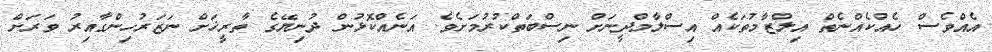
އެއްވެސް ހެއްކެއްނެތް އިލްޒާމުތަކެއް އިސްލާމްދީނަށް ނިސްބަތްކުރުމަށެވެ. އަނެއްކޮޅުން ދުނިޔޭގެ ތާރީޚަށް ނަޒަރުހިންގާއިރު ވަރަށް